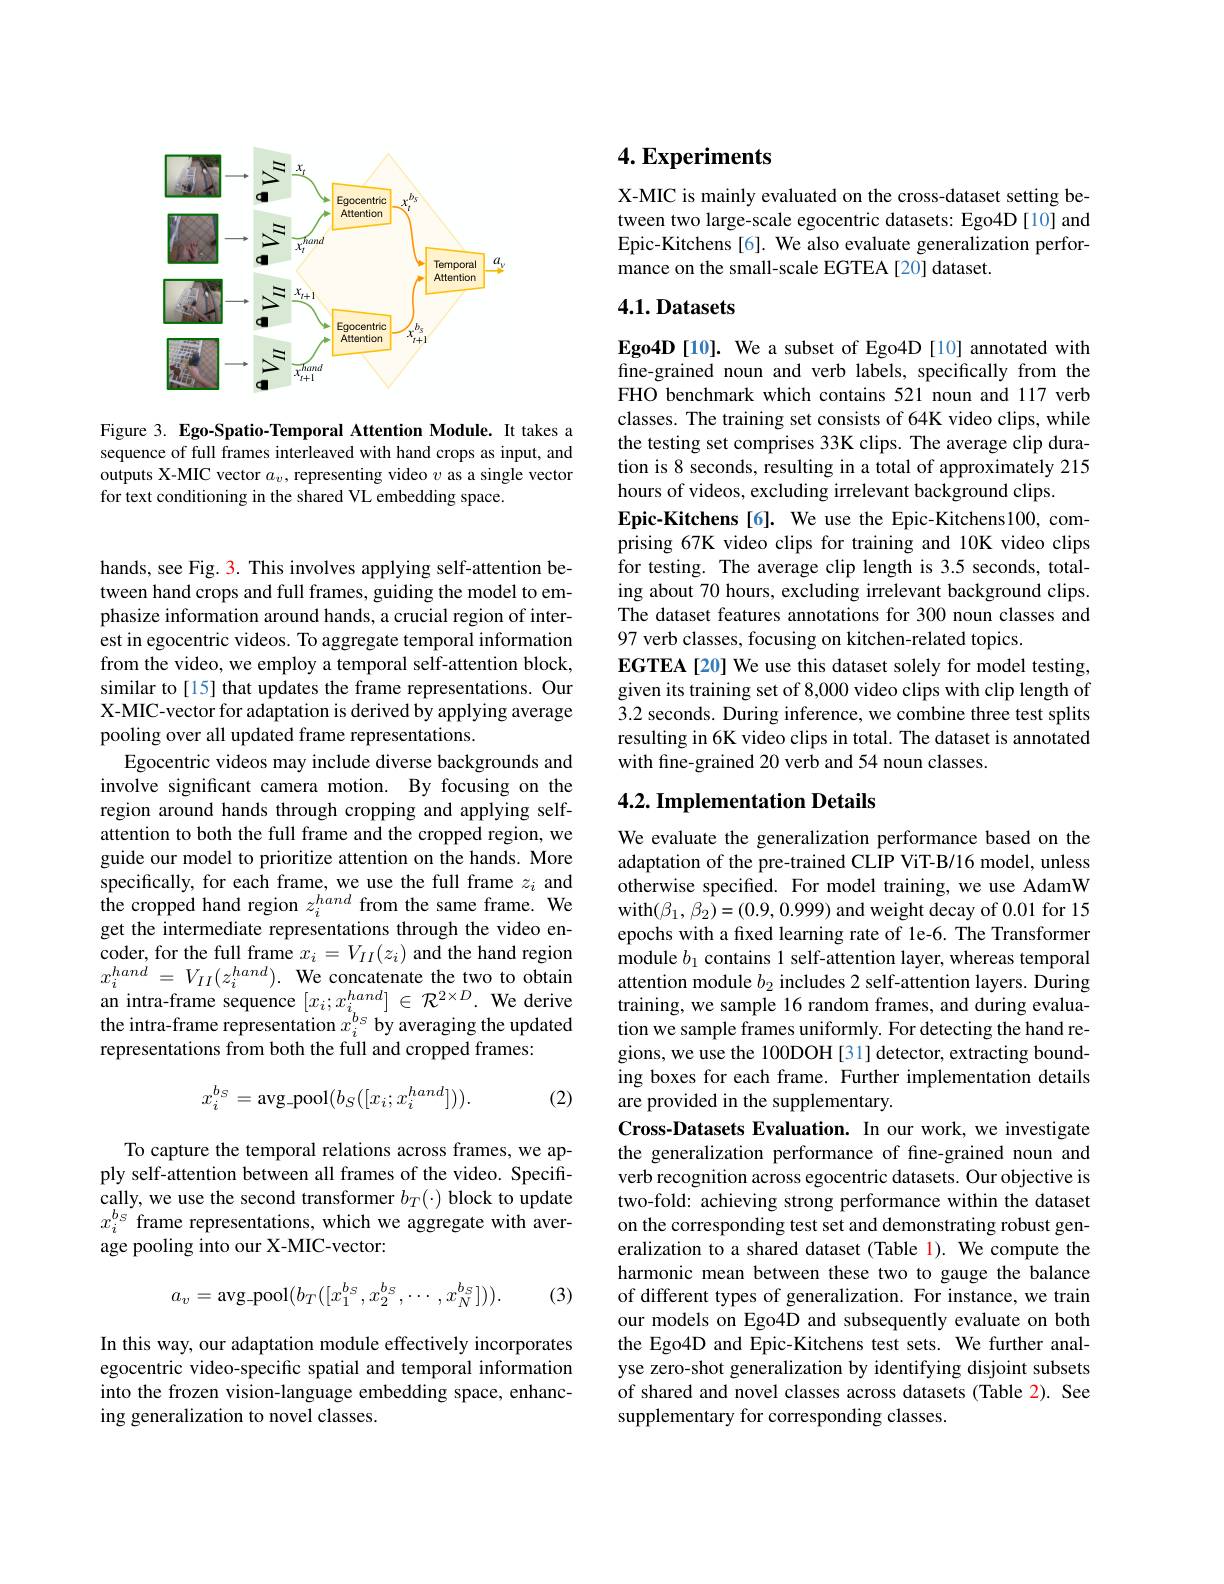
<FigureHere>

Figure 3. Ego-Spatio-Temporal Attention Module. It takes a sequence of full frames interleaved with hand crops as input, and outputs X-MIC vector $a_v$, representing video $v$ as a single vector for text conditioning in the shared VL embedding space.

hands, see Fig. 3. This involves applying self-attention between hand crops and full frames, guiding the model to emphasize information around hands, a crucial region of interest in egocentric videos. To aggregate temporal information from the video, we employ a temporal self-attention block, similar to [15] that updates the frame representations. Our X-MIC-vector for adaptation is derived by applying average pooling over all updated frame representations.
Egocentric videos may include diverse backgrounds and involve significant camera motion. By focusing on the region around hands through cropping and applying selfattention to both the full frame and the cropped region, we guide our model to prioritize attention on the hands. More specifically, for each frame, we use the full frame $z_i$ and the cropped hand region $z_i^{hand}$ from the same frame. We get the intermediate representations through the video encoder, for the full frame $x_i=V_{II}(z_i)$ and the hand region $x_{i}^{hand}$ = $V_{II}( z_{i}^{hand}) .$ We concatenate the two to obtain $\begin{array}{l}{\mathrm{an~intra-frame~sequence~}[x_{i};x_{i}^{hand}]\in\mathcal{R}^{2\times D}.\mathrm{~We~derive}}\\{\mathrm{the~intra-frame~representation~}x_{i}^{bs}\mathrm{~by~averaging~the~updated}}\end{array}$ representations from both the full and cropped frames:
$$x_i^{b_S}=\text{avg-pool}(b_S([x_i;x_i^{hand}])).$$
(2)

To capture the temporal relations across frames, we apply self-attention between all frames of the video. Specifically, we use the second transformer $b_T(\cdot)$ block to update $x_{i}^{bs}$ frame representations, which we aggregate with average pooling into our X-MIC-vector:
$$a_v=\text{avg pool}(b_T([x_1^{b_S},x_2^{b_S},\cdots,x_N^{b_S}])).$$
(3)

In this way, our adaptation module effectively incorporates egocentric video-specific spatial and temporal information into the frozen vision-language embedding space, enhancing generalization to novel classes.

## $4. \textbf{Experiments}$

X-MIC is mainly evaluated on the cross-dataset setting between two large-scale egocentric datasets: Ego4D [10] and Epic-Kitchens[6]. We also evaluate generalization performance on the small-scale EGTEA[20] dataset.

### $4. 1. \textbf{Datasets}$

$\mathbf{Ego4D}[10].$ We a subset of Ego4D[10] annotated with fine-grained noun and verb labels, specifically from the FHO benchmark which contains 521 noun and 117 verb classes. The training set consists of 64K video clips, while the testing set comprises 33K clips. The average clip duration is 8 seconds, resulting in a total of approximately 215 hours of videos, excluding irrelevant background clips
Epic-Kitchens[6]. We use the Epic-Kitchens100, comprising 67K video clips for training and 10K video clips for testing. The average clip length is 3.5 seconds, totaling about 70 hours, excluding irrelevant background clips. The dataset features annotations for 300 noun classes and 97 verb classes, focusing on kitchen-related topics.
EGTEA[20] We use this dataset solely for model testing, given its training set of 8,000 video clips with clip length of 3.2 seconds. During inference, we combine three test splits resulting in 6K video clips in total. The dataset is annotated with fine-grained 20 verb and 54 noun classes.

### 4.2. Implementation Details

We evaluate the generalization performance based on the adaptation of the pre-trained CLIP ViT-B/16 model, unless otherwise specifed. For model training, we use AdamW with$(\beta_{1},\beta_{2})=(0.9,0.999)$ and weight decay of 0.01 for 15 epochs with a fixed learning rate of le-6. The Transformer module $b_1$ contains 1 self-attention layer, whereas temporal attention module $b_2$ includes 2 self-attention layers. During training, we sample 16 random frames, and during evaluation we sample frames uniformly. For detecting the hand regions, we use the 100DOH [31] detector, extracting bounding boxes for each frame. Further implementation details are provided in the supplementary.
Cross-Datasets Evaluation. In our work, we investigate the generalization performance of fine-grained noun and verb recognition across egocentric datasets. Our objective is two-fold: achieving strong performance within the dataset on the corresponding test set and demonstrating robust generalization to a shared dataset (Table 1). We compute the harmonic mean between these two to gauge the balance of different types of generalization. For instance, we train our models on Ego4D and subsequently evaluate on both the Ego4D and Epic-Kitchens test sets. We further analyse zero-shot generalization by identifying disjoint subsets of shared and novel classes across datasets(Table 2). See supplementary for corresponding classes.